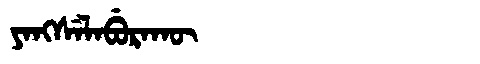
Manchu: ᠶᠠᠩᠰᡝᠯᠠᠪᡠᡵᠠᡴᡡ
Romanization: YANGSELABURAKŪ